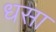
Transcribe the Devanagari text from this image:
धसा